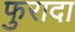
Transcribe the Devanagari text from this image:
फुरादा